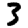
Digit: 3